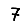
Digit: 7